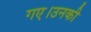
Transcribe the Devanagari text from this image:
गए।उनकी